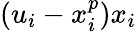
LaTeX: (u_{i}-x_{i}^{p})x_{i}